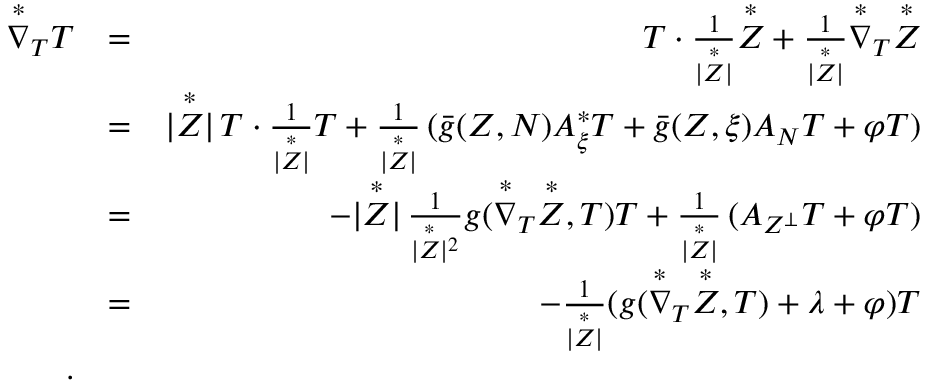
\begin{array} { r l r } { { \overset { * } { \nabla } } _ { T } T } & { = } & { T \cdot \frac { 1 } { \vert \overset { * } { Z } \vert } \overset { * } { Z } + \frac { 1 } { \vert \overset { * } { Z } \vert } \overset { * } { \nabla } _ { T } \overset { * } { Z } } \\ & { = } & { \vert \overset { * } { Z } \vert \, T \cdot \frac { 1 } { \vert \overset { * } { Z } \vert } T + \frac { 1 } { \vert \overset { * } { Z } \vert } \, ( \bar { g } ( Z , N ) A _ { \xi } ^ { * } T + \bar { g } ( Z , \xi ) A _ { N } T + \varphi T ) } \\ & { = } & { - \vert \overset { * } { Z } \vert \, \frac { 1 } { \vert \overset { * } { Z } \vert ^ { 2 } } g ( \overset { * } { \nabla } _ { T } \overset { * } { Z } , T ) T + \frac { 1 } { \vert \overset { * } { Z } \vert } \, ( A _ { Z ^ { \perp } } T + \varphi T ) } \\ & { = } & { - \frac { 1 } { \vert \overset { * } { Z } \vert } ( g ( \overset { * } { \nabla } _ { T } \overset { * } { Z } , T ) + \lambda + \varphi ) T } \\ { . } \end{array}